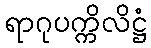
ရာဂုပက္ကိလိဋ္ဌံ